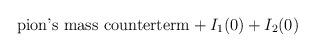
LaTeX: \begin{align*}\mbox{pion's mass counterterm} +I_1(0) + I_2(0) \end{align*}